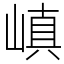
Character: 嵮